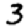
Digit: 3